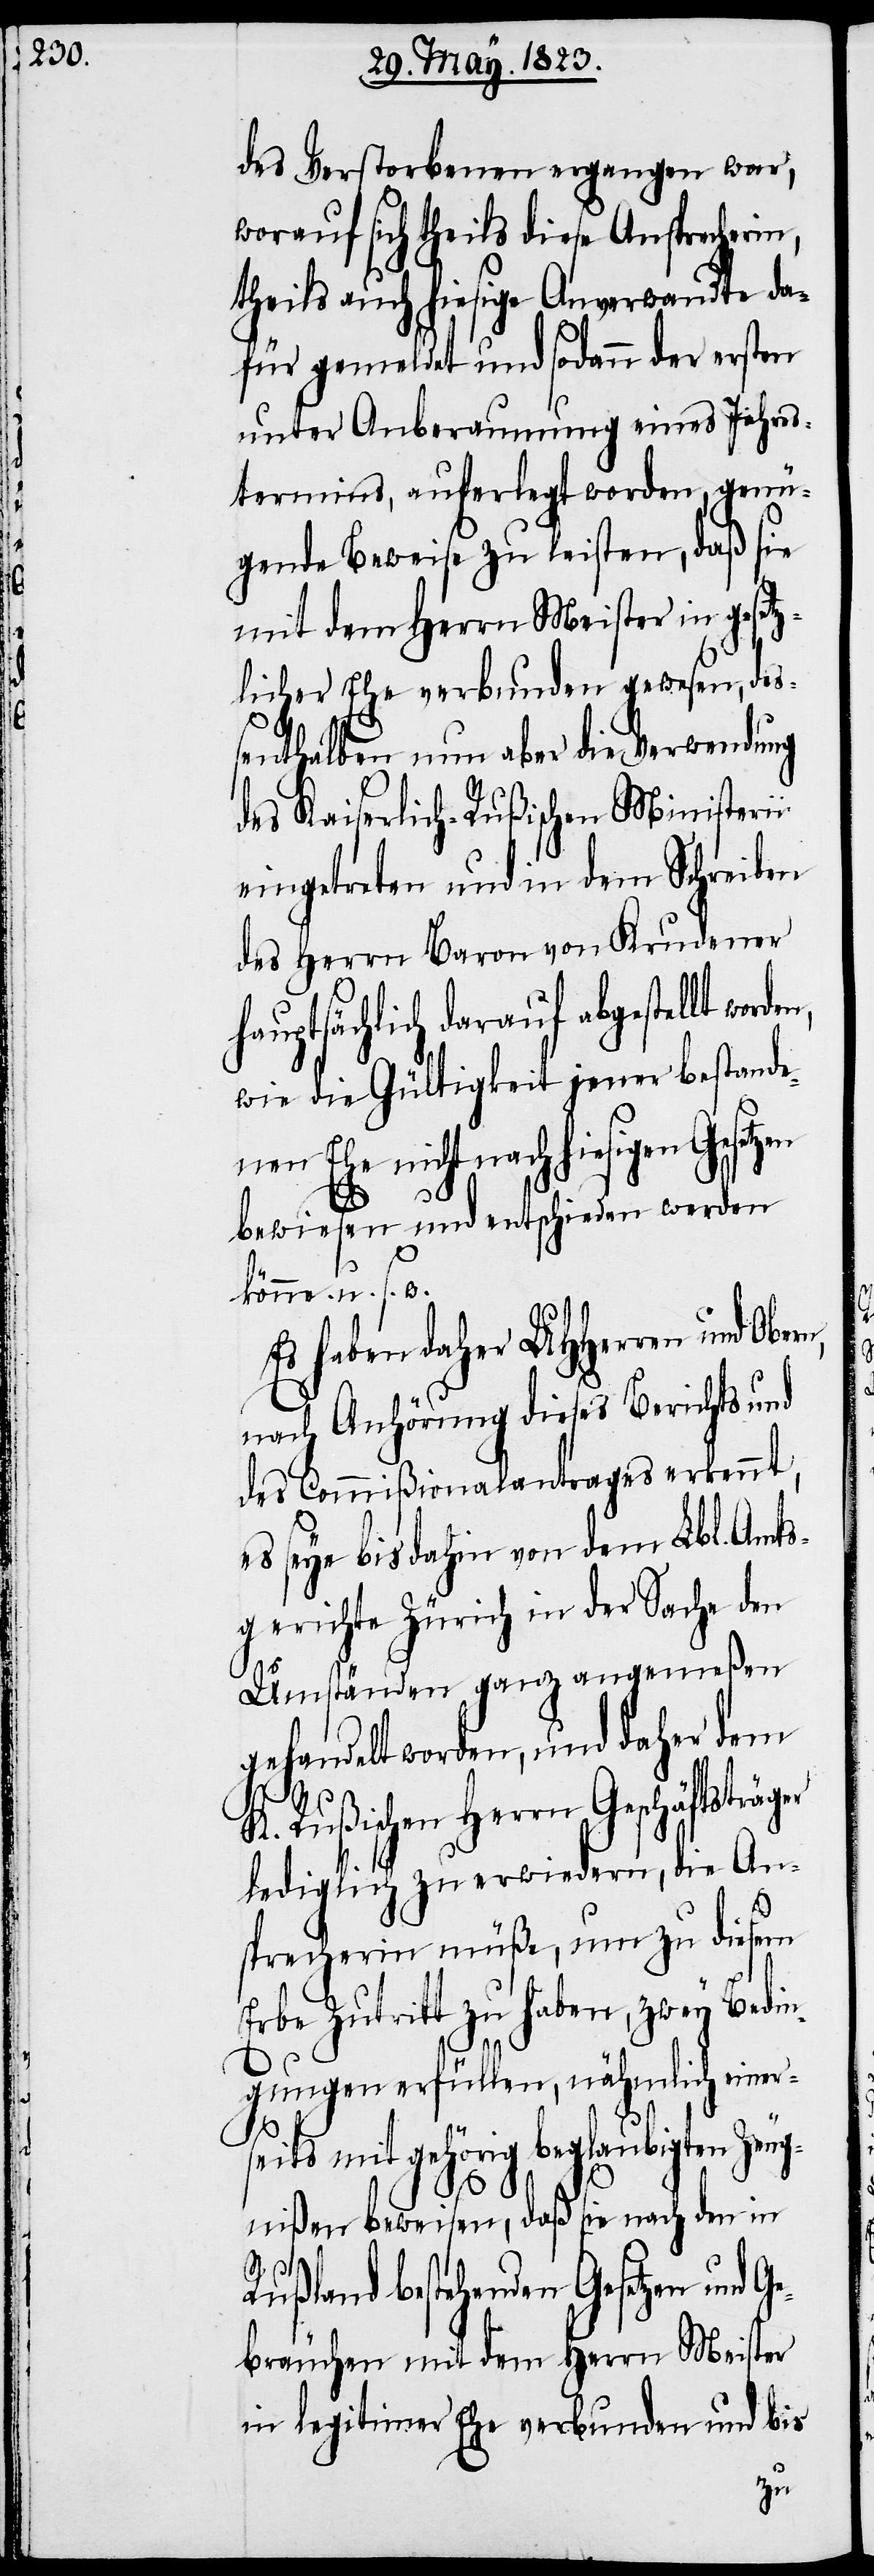
des Verstorbenen ergangen war,
worauf sich theils diese Ansprecherin,
theils auch hiesige Anverwandte da¬
für gemeldet und sodann der ersten
unter Anberaumung eines Jahres¬
termins, auferlegt worden, genü¬
gende Beweise zu leisten, daß sie
mit dem Herrn Meister in gesetz¬
licher Ehe verbunden gewesen, de¬
ßenthalben nun aber die Verwendung
des Kaiserlich-Rußischen Ministerii
eingetreten und in dem Schreiben
des Herrn Baron von Krudener
hauptsächlich darauf abgestellt worde¬
wie die Gültigkeit jener bestande¬
nen Ehe nicht nach hiesigen
bewiesen und entschieden werden
könne. u. s. w.
Es haben daher UHHerren und
nach Anhörung dieses Berichts und
des Commißionalantrages erkennt,
es seye bis dahin von dem Lbl. Amts¬
gerichte Zürich in der Sache den
Umständen ganz angemeßen
gehandelt worden, und daher dem
K. Rußischen Herrn Geschäftsträger
lediglich zu erwiedern, die An¬
sprecherin müße, um zu diesem
Erbe Zutritt zu haben, zwey Bedin¬
gungen erfüllen, nähmlich einer¬
seits mit gehörig beglaubigten Zeug¬
n,
nißen beweisen, daß sie nach den in
Rußland bestehenden Gesetzen und G¬
ebräuchen mit dem Herrn Meister
in legitimer Ehe verbunden und bis